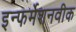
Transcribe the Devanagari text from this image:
इन्फर्मेशनवीक